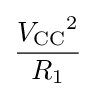
{\frac {{V_{\text{CC}}}^{2}}{R_{1}}}